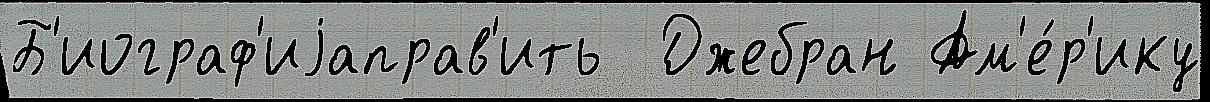
Б'иограф'иjаправ'ить  Джебран Ам'е́р'ику